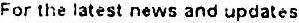
FOR THE LATEST NEWS AND UPDATES